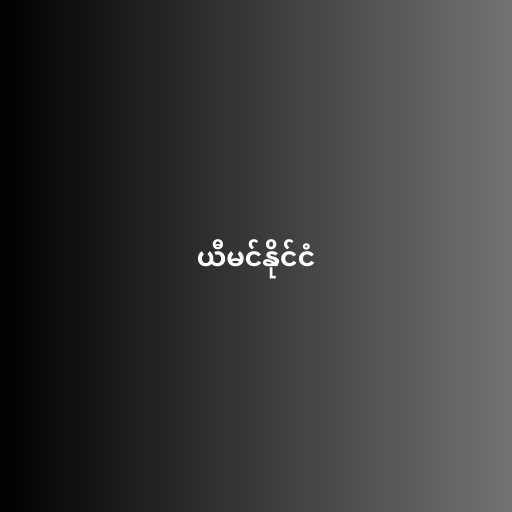
ယီမင်နိုင်ငံ